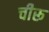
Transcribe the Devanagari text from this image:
चीरू